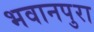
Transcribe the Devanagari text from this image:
भवानपुरा